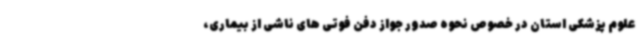
علوم پزشکی استان در خصوص نحوه صدور جواز دفن فوتی های ناشی از بیماری،